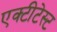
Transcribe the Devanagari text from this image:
एक्टीटेस्ट